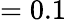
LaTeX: =0.1